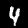
Digit: 4